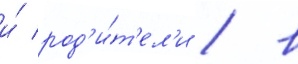
и́ род'и́т'ел'и / в